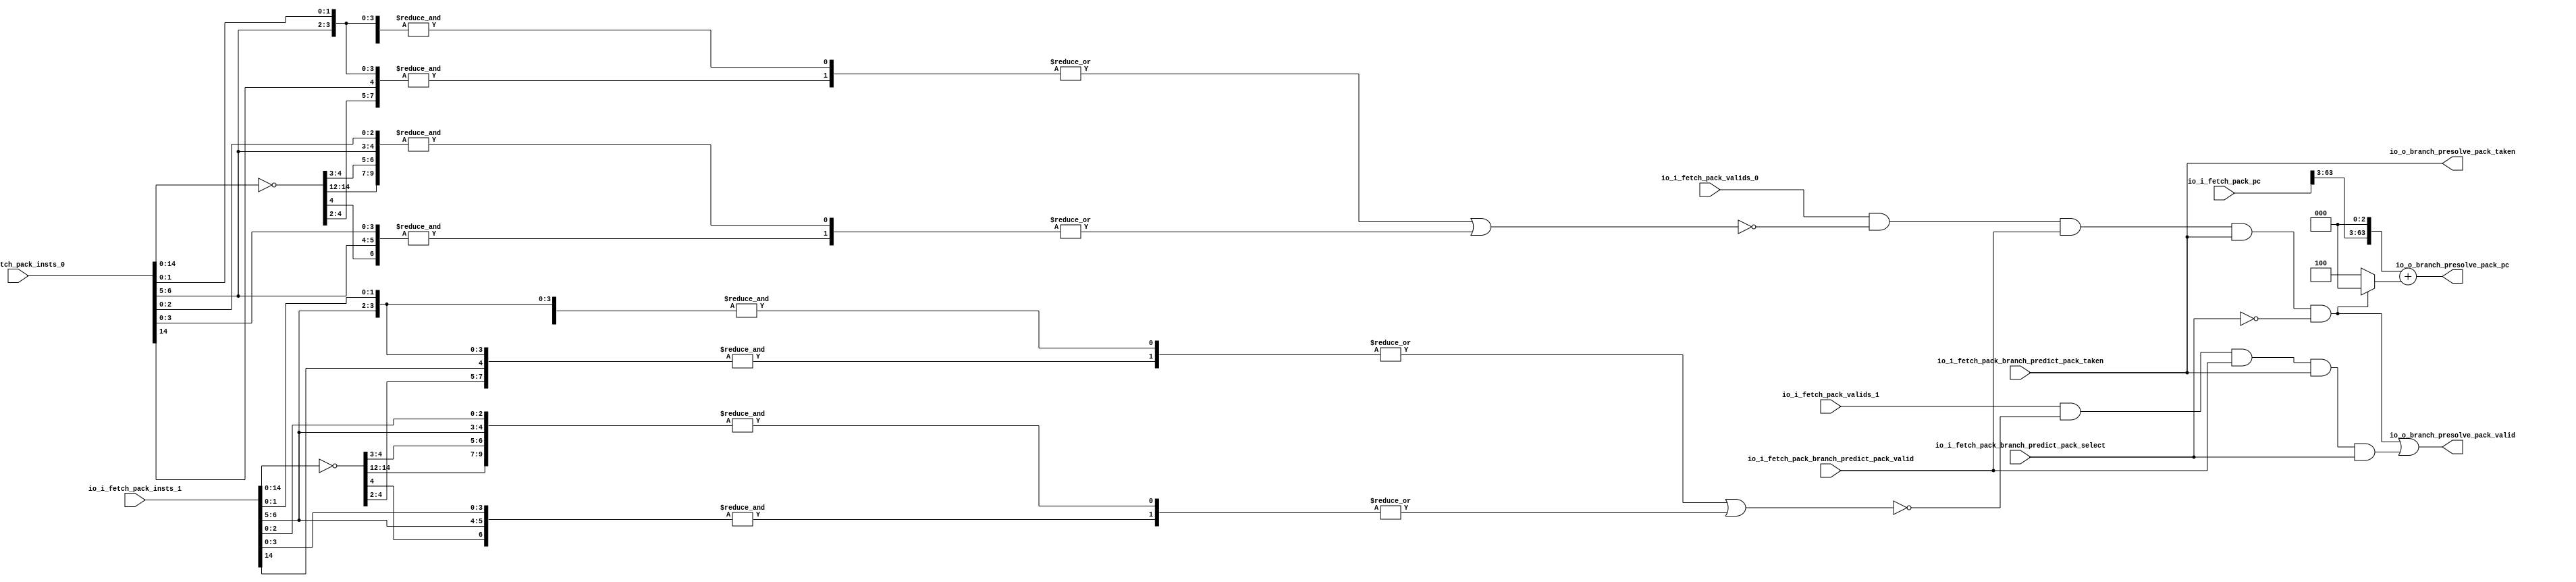
module Branch_Presolve(
  input         io_i_fetch_pack_valids_0,
  input         io_i_fetch_pack_valids_1,
  input  [63:0] io_i_fetch_pack_pc,
  input  [31:0] io_i_fetch_pack_insts_0,
  input  [31:0] io_i_fetch_pack_insts_1,
  input         io_i_fetch_pack_branch_predict_pack_valid,
  input         io_i_fetch_pack_branch_predict_pack_select,
  input         io_i_fetch_pack_branch_predict_pack_taken,
  output        io_o_branch_presolve_pack_valid,
  output        io_o_branch_presolve_pack_taken,
  output [63:0] io_o_branch_presolve_pack_pc
);
  wire [31:0] branch_decoder0_invInputs = ~io_i_fetch_pack_insts_0; // @[pla.scala 78:21]
  wire  branch_decoder0_andMatrixInput_0 = io_i_fetch_pack_insts_0[0]; // @[pla.scala 90:45]
  wire  branch_decoder0_andMatrixInput_1 = io_i_fetch_pack_insts_0[1]; // @[pla.scala 90:45]
  wire  branch_decoder0_andMatrixInput_2 = branch_decoder0_invInputs[2]; // @[pla.scala 91:29]
  wire  branch_decoder0_andMatrixInput_3 = branch_decoder0_invInputs[3]; // @[pla.scala 91:29]
  wire  branch_decoder0_andMatrixInput_4 = branch_decoder0_invInputs[4]; // @[pla.scala 91:29]
  wire  branch_decoder0_andMatrixInput_5 = io_i_fetch_pack_insts_0[5]; // @[pla.scala 90:45]
  wire  branch_decoder0_andMatrixInput_6 = io_i_fetch_pack_insts_0[6]; // @[pla.scala 90:45]
  wire  branch_decoder0_andMatrixInput_7 = branch_decoder0_invInputs[13]; // @[pla.scala 91:29]
  wire [7:0] _branch_decoder0_T = {branch_decoder0_andMatrixInput_0,branch_decoder0_andMatrixInput_1,
    branch_decoder0_andMatrixInput_2,branch_decoder0_andMatrixInput_3,branch_decoder0_andMatrixInput_4,
    branch_decoder0_andMatrixInput_5,branch_decoder0_andMatrixInput_6,branch_decoder0_andMatrixInput_7}; // @[Cat.scala 33:92]
  wire  _branch_decoder0_T_1 = &_branch_decoder0_T; // @[pla.scala 98:74]
  wire  branch_decoder0_andMatrixInput_2_1 = io_i_fetch_pack_insts_0[2]; // @[pla.scala 90:45]
  wire  branch_decoder0_andMatrixInput_7_1 = branch_decoder0_invInputs[12]; // @[pla.scala 91:29]
  wire  branch_decoder0_andMatrixInput_9 = branch_decoder0_invInputs[14]; // @[pla.scala 91:29]
  wire [9:0] _branch_decoder0_T_2 = {branch_decoder0_andMatrixInput_0,branch_decoder0_andMatrixInput_1,
    branch_decoder0_andMatrixInput_2_1,branch_decoder0_andMatrixInput_3,branch_decoder0_andMatrixInput_4,
    branch_decoder0_andMatrixInput_5,branch_decoder0_andMatrixInput_6,branch_decoder0_andMatrixInput_7_1,
    branch_decoder0_andMatrixInput_7,branch_decoder0_andMatrixInput_9}; // @[Cat.scala 33:92]
  wire  _branch_decoder0_T_3 = &_branch_decoder0_T_2; // @[pla.scala 98:74]
  wire  branch_decoder0_andMatrixInput_3_2 = io_i_fetch_pack_insts_0[3]; // @[pla.scala 90:45]
  wire [6:0] _branch_decoder0_T_4 = {branch_decoder0_andMatrixInput_0,branch_decoder0_andMatrixInput_1,
    branch_decoder0_andMatrixInput_2_1,branch_decoder0_andMatrixInput_3_2,branch_decoder0_andMatrixInput_4,
    branch_decoder0_andMatrixInput_5,branch_decoder0_andMatrixInput_6}; // @[Cat.scala 33:92]
  wire  _branch_decoder0_T_5 = &_branch_decoder0_T_4; // @[pla.scala 98:74]
  wire  branch_decoder0_andMatrixInput_7_2 = io_i_fetch_pack_insts_0[14]; // @[pla.scala 90:45]
  wire [7:0] _branch_decoder0_T_6 = {branch_decoder0_andMatrixInput_0,branch_decoder0_andMatrixInput_1,
    branch_decoder0_andMatrixInput_2,branch_decoder0_andMatrixInput_3,branch_decoder0_andMatrixInput_4,
    branch_decoder0_andMatrixInput_5,branch_decoder0_andMatrixInput_6,branch_decoder0_andMatrixInput_7_2}; // @[Cat.scala 33:92]
  wire  _branch_decoder0_T_7 = &_branch_decoder0_T_6; // @[pla.scala 98:74]
  wire [1:0] _branch_decoder0_orMatrixOutputs_T = {_branch_decoder0_T_1,_branch_decoder0_T_7}; // @[Cat.scala 33:92]
  wire  _branch_decoder0_orMatrixOutputs_T_1 = |_branch_decoder0_orMatrixOutputs_T; // @[pla.scala 114:39]
  wire [1:0] _branch_decoder0_orMatrixOutputs_T_2 = {_branch_decoder0_T_3,_branch_decoder0_T_5}; // @[Cat.scala 33:92]
  wire  _branch_decoder0_orMatrixOutputs_T_3 = |_branch_decoder0_orMatrixOutputs_T_2; // @[pla.scala 114:39]
  wire [3:0] branch_decoder0_orMatrixOutputs = {_branch_decoder0_orMatrixOutputs_T_3,
    _branch_decoder0_orMatrixOutputs_T_1,2'h0}; // @[Cat.scala 33:92]
  wire [3:0] branch_decoder0_invMatrixOutputs = {branch_decoder0_orMatrixOutputs[3],branch_decoder0_orMatrixOutputs[2],
    branch_decoder0_orMatrixOutputs[1],branch_decoder0_orMatrixOutputs[0]}; // @[Cat.scala 33:92]
  wire [31:0] branch_decoder1_invInputs = ~io_i_fetch_pack_insts_1; // @[pla.scala 78:21]
  wire  branch_decoder1_andMatrixInput_0 = io_i_fetch_pack_insts_1[0]; // @[pla.scala 90:45]
  wire  branch_decoder1_andMatrixInput_1 = io_i_fetch_pack_insts_1[1]; // @[pla.scala 90:45]
  wire  branch_decoder1_andMatrixInput_2 = branch_decoder1_invInputs[2]; // @[pla.scala 91:29]
  wire  branch_decoder1_andMatrixInput_3 = branch_decoder1_invInputs[3]; // @[pla.scala 91:29]
  wire  branch_decoder1_andMatrixInput_4 = branch_decoder1_invInputs[4]; // @[pla.scala 91:29]
  wire  branch_decoder1_andMatrixInput_5 = io_i_fetch_pack_insts_1[5]; // @[pla.scala 90:45]
  wire  branch_decoder1_andMatrixInput_6 = io_i_fetch_pack_insts_1[6]; // @[pla.scala 90:45]
  wire  branch_decoder1_andMatrixInput_7 = branch_decoder1_invInputs[13]; // @[pla.scala 91:29]
  wire [7:0] _branch_decoder1_T = {branch_decoder1_andMatrixInput_0,branch_decoder1_andMatrixInput_1,
    branch_decoder1_andMatrixInput_2,branch_decoder1_andMatrixInput_3,branch_decoder1_andMatrixInput_4,
    branch_decoder1_andMatrixInput_5,branch_decoder1_andMatrixInput_6,branch_decoder1_andMatrixInput_7}; // @[Cat.scala 33:92]
  wire  _branch_decoder1_T_1 = &_branch_decoder1_T; // @[pla.scala 98:74]
  wire  branch_decoder1_andMatrixInput_2_1 = io_i_fetch_pack_insts_1[2]; // @[pla.scala 90:45]
  wire  branch_decoder1_andMatrixInput_7_1 = branch_decoder1_invInputs[12]; // @[pla.scala 91:29]
  wire  branch_decoder1_andMatrixInput_9 = branch_decoder1_invInputs[14]; // @[pla.scala 91:29]
  wire [9:0] _branch_decoder1_T_2 = {branch_decoder1_andMatrixInput_0,branch_decoder1_andMatrixInput_1,
    branch_decoder1_andMatrixInput_2_1,branch_decoder1_andMatrixInput_3,branch_decoder1_andMatrixInput_4,
    branch_decoder1_andMatrixInput_5,branch_decoder1_andMatrixInput_6,branch_decoder1_andMatrixInput_7_1,
    branch_decoder1_andMatrixInput_7,branch_decoder1_andMatrixInput_9}; // @[Cat.scala 33:92]
  wire  _branch_decoder1_T_3 = &_branch_decoder1_T_2; // @[pla.scala 98:74]
  wire  branch_decoder1_andMatrixInput_3_2 = io_i_fetch_pack_insts_1[3]; // @[pla.scala 90:45]
  wire [6:0] _branch_decoder1_T_4 = {branch_decoder1_andMatrixInput_0,branch_decoder1_andMatrixInput_1,
    branch_decoder1_andMatrixInput_2_1,branch_decoder1_andMatrixInput_3_2,branch_decoder1_andMatrixInput_4,
    branch_decoder1_andMatrixInput_5,branch_decoder1_andMatrixInput_6}; // @[Cat.scala 33:92]
  wire  _branch_decoder1_T_5 = &_branch_decoder1_T_4; // @[pla.scala 98:74]
  wire  branch_decoder1_andMatrixInput_7_2 = io_i_fetch_pack_insts_1[14]; // @[pla.scala 90:45]
  wire [7:0] _branch_decoder1_T_6 = {branch_decoder1_andMatrixInput_0,branch_decoder1_andMatrixInput_1,
    branch_decoder1_andMatrixInput_2,branch_decoder1_andMatrixInput_3,branch_decoder1_andMatrixInput_4,
    branch_decoder1_andMatrixInput_5,branch_decoder1_andMatrixInput_6,branch_decoder1_andMatrixInput_7_2}; // @[Cat.scala 33:92]
  wire  _branch_decoder1_T_7 = &_branch_decoder1_T_6; // @[pla.scala 98:74]
  wire [1:0] _branch_decoder1_orMatrixOutputs_T = {_branch_decoder1_T_1,_branch_decoder1_T_7}; // @[Cat.scala 33:92]
  wire  _branch_decoder1_orMatrixOutputs_T_1 = |_branch_decoder1_orMatrixOutputs_T; // @[pla.scala 114:39]
  wire [1:0] _branch_decoder1_orMatrixOutputs_T_2 = {_branch_decoder1_T_3,_branch_decoder1_T_5}; // @[Cat.scala 33:92]
  wire  _branch_decoder1_orMatrixOutputs_T_3 = |_branch_decoder1_orMatrixOutputs_T_2; // @[pla.scala 114:39]
  wire [3:0] branch_decoder1_orMatrixOutputs = {_branch_decoder1_orMatrixOutputs_T_3,
    _branch_decoder1_orMatrixOutputs_T_1,2'h0}; // @[Cat.scala 33:92]
  wire [3:0] branch_decoder1_invMatrixOutputs = {branch_decoder1_orMatrixOutputs[3],branch_decoder1_orMatrixOutputs[2],
    branch_decoder1_orMatrixOutputs[1],branch_decoder1_orMatrixOutputs[0]}; // @[Cat.scala 33:92]
  wire  br0 = branch_decoder0_invMatrixOutputs[0] | branch_decoder0_invMatrixOutputs[1] |
    branch_decoder0_invMatrixOutputs[2] | branch_decoder0_invMatrixOutputs[3]; // @[branch_presolve.scala 44:78]
  wire  br1 = branch_decoder1_invMatrixOutputs[0] | branch_decoder1_invMatrixOutputs[1] |
    branch_decoder1_invMatrixOutputs[2] | branch_decoder1_invMatrixOutputs[3]; // @[branch_presolve.scala 45:78]
  wire  _io_o_branch_presolve_pack_valid_T_3 = io_i_fetch_pack_valids_0 & ~br0 &
    io_i_fetch_pack_branch_predict_pack_valid & io_i_fetch_pack_branch_predict_pack_taken; // @[branch_presolve.scala 50:120]
  wire  _io_o_branch_presolve_pack_valid_T_5 = _io_o_branch_presolve_pack_valid_T_3 & ~
    io_i_fetch_pack_branch_predict_pack_select; // @[branch_presolve.scala 51:55]
  wire  _io_o_branch_presolve_pack_valid_T_9 = io_i_fetch_pack_valids_1 & ~br1 &
    io_i_fetch_pack_branch_predict_pack_valid & io_i_fetch_pack_branch_predict_pack_taken; // @[branch_presolve.scala 52:93]
  wire  _io_o_branch_presolve_pack_valid_T_11 = _io_o_branch_presolve_pack_valid_T_9 &
    io_i_fetch_pack_branch_predict_pack_select; // @[branch_presolve.scala 53:55]
  wire [63:0] _io_o_branch_presolve_pack_pc_T_1 = {io_i_fetch_pack_pc[63:3],3'h0}; // @[Cat.scala 33:92]
  wire [2:0] _io_o_branch_presolve_pack_pc_T_8 = _io_o_branch_presolve_pack_valid_T_5 ? 3'h0 : 3'h4; // @[branch_presolve.scala 54:81]
  wire [63:0] _GEN_0 = {{61'd0}, _io_o_branch_presolve_pack_pc_T_8}; // @[branch_presolve.scala 54:76]
  assign io_o_branch_presolve_pack_valid = _io_o_branch_presolve_pack_valid_T_3 & ~
    io_i_fetch_pack_branch_predict_pack_select | _io_o_branch_presolve_pack_valid_T_11; // @[branch_presolve.scala 51:110]
  assign io_o_branch_presolve_pack_taken = io_i_fetch_pack_branch_predict_pack_taken; // @[branch_presolve.scala 56:37]
  assign io_o_branch_presolve_pack_pc = _io_o_branch_presolve_pack_pc_T_1 + _GEN_0; // @[branch_presolve.scala 54:76]
endmodule